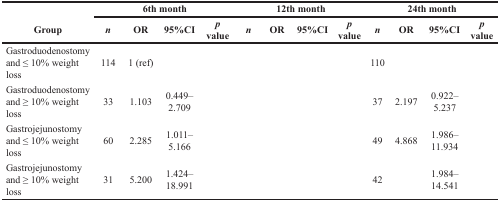
<table><thead><tr><td>[EMPTY_CELL]</td><td colspan="4"><b>6th month</b></td><td colspan="4"><b>12th month</b></td><td colspan="4"><b>24th month</b></td></tr><tr><td><b>Group</b></td><td><b><i>n</i></b></td><td><b>OR</b></td><td><b>95%CI</b></td><td><b><i>p</i> value</b></td><td><b><i>n</i></b></td><td><b>OR</b></td><td><b>95%CI</b></td><td><b><i>p</i> value</b></td><td><b><i>n</i></b></td><td><b>OR</b></td><td><b>95%CI</b></td><td><b><i>p</i> value</b></td></tr></thead><tbody><tr><td>Gastroduodenostomy and ≤ 10% weight loss</td><td>114</td><td>1 (ref)</td><td>[EMPTY_CELL]</td><td>[EMPTY_CELL]</td><td>[EMPTY_CELL]</td><td>[EMPTY_CELL]</td><td>[EMPTY_CELL]</td><td>[EMPTY_CELL]</td><td>110</td><td>[EMPTY_CELL]</td><td>[EMPTY_CELL]</td><td>[EMPTY_CELL]</td></tr><tr><td>Gastroduodenostomy and ≥ 10% weight loss</td><td>33</td><td>1.103</td><td>0.449–2.709</td><td>[EMPTY_CELL]</td><td>[EMPTY_CELL]</td><td>[EMPTY_CELL]</td><td>[EMPTY_CELL]</td><td>[EMPTY_CELL]</td><td>37</td><td>2.197</td><td>0.922–5.237</td><td>[EMPTY_CELL]</td></tr><tr><td>Gastrojejunostomy and ≤ 10% weight loss</td><td>60</td><td>2.285</td><td>1.011–5.166</td><td>[EMPTY_CELL]</td><td>[EMPTY_CELL]</td><td>[EMPTY_CELL]</td><td>[EMPTY_CELL]</td><td>[EMPTY_CELL]</td><td>49</td><td>4.868</td><td>1.986–11.934</td><td>[EMPTY_CELL]</td></tr><tr><td>Gastrojejunostomy and ≥ 10% weight loss</td><td>31</td><td>5.200</td><td>1.424–18.991</td><td>[EMPTY_CELL]</td><td>[EMPTY_CELL]</td><td>[EMPTY_CELL]</td><td>[EMPTY_CELL]</td><td>[EMPTY_CELL]</td><td>42</td><td>[EMPTY_CELL]</td><td>1.984–14.541</td><td>[EMPTY_CELL]</td></tr></tbody></table>